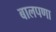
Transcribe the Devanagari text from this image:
बालपणा